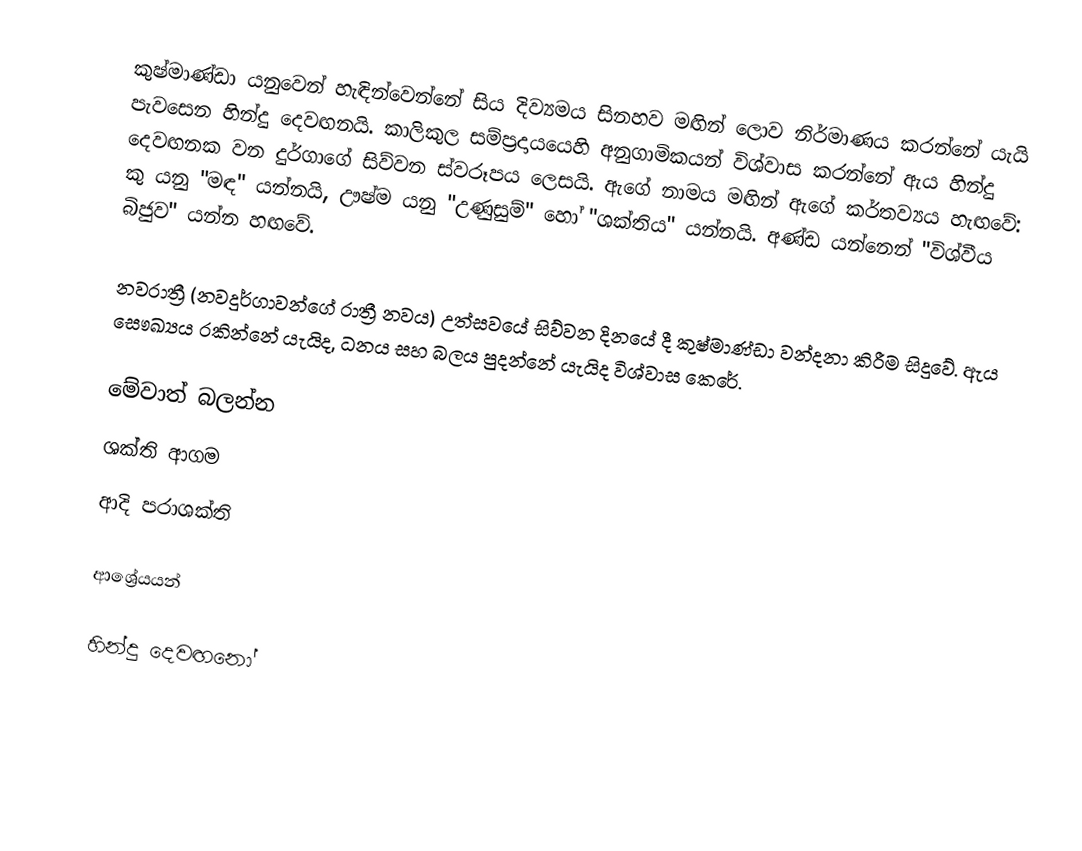
කුෂ්මාණ්ඩා යනුවෙන් හැඳින්වෙන්නේ සිය දිව්‍යමය සිනහව මඟින් ලොව නිර්මාණය කරන්නේ යැයි පැවසෙන හින්දු දෙවඟනයි. කාලිකුල සම්ප්‍රදායයෙහි අනුගාමිකයන් විශ්වාස කරන්නේ ඇය හින්දු දෙවඟනක වන දුර්ගාගේ සිව්වන ස්වරූපය ලෙසයි. ඇගේ නාමය මඟින් ඇගේ කර්තව්‍යය හැඟවේ: කු යනු "මඳ" යන්නයි, ඌෂ්ම යනු "උණුසුම්" හෝ "ශක්තිය" යන්නයි. අණ්ඩ යන්නෙන් "විශ්වීය බිජුව" යන්න හඟවේ.

නවරාත්‍රී (නවදුර්ගාවන්ගේ රාත්‍රී නවය) උත්සවයේ සිව්වන දිනයේ දී කුෂ්මාණ්ඩා වන්දනා කිරීම සිදුවේ. ඇය සෞඛ්‍යය රකින්නේ යැයිද, ධනය සහ බලය පුදන්නේ යැයිද විශ්වාස කෙරේ.

මේවාත් බලන්න
 ශක්ති ආගම
 ආදි පරාශක්ති

ආශ්‍රේයයන්

හින්දු දෙවඟනෝ